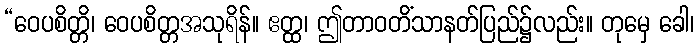
“ဝေပစိတ္တိ၊ ဝေပစိတ္တအသုရိန်။ ဧတ္ထ၊ ဤတာဝတိံသာနတ်ပြည်၌လည်း။ တုမှေ ခေါ၊